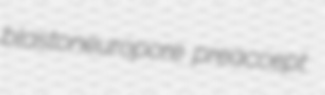
blastoneuropore preaccept